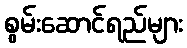
စွမ်းဆောင်ရည်များ